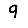
Digit: 9